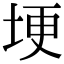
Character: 埂